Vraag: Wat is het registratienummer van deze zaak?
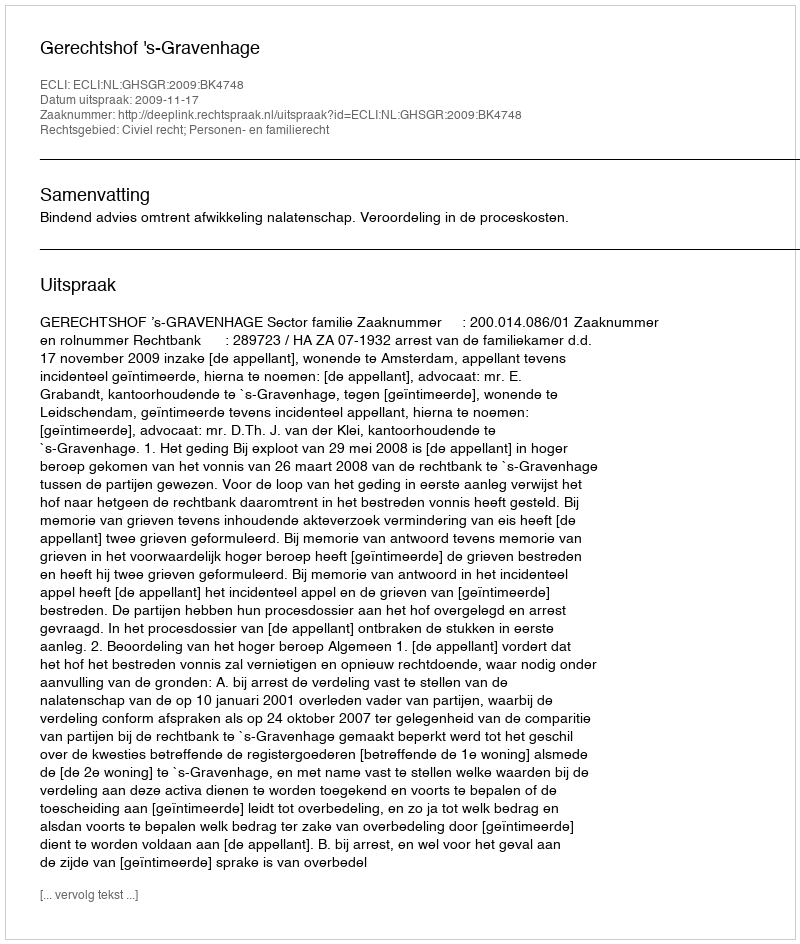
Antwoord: http://deeplink.rechtspraak.nl/uitspraak?id=ECLI:NL:GHSGR:2009:BK4748